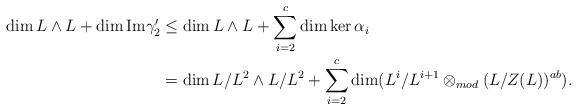
LaTeX: \begin{align*}\dim L\wedge L + \dim \mathrm{Im} \gamma ^{\prime} _{2} &\leq \dim L\wedge L+ \sum\limits_{i=2}^ {c} \dim \ker \alpha _{i}\cr& =\dim L/ L^{2} \wedge L/ L^{2}+ \sum\limits_{i=2}^ {c} \dim (L^{i}/L^{i+1}\otimes _{mod} (L/Z(L))^{ab}).\end{align*}